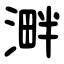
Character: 溿